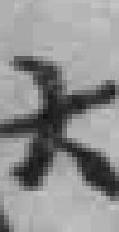
大